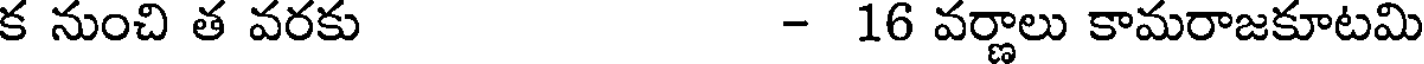
క నుంచి త వరకు - 16 వర్ణాలు కామరాజకూటమి